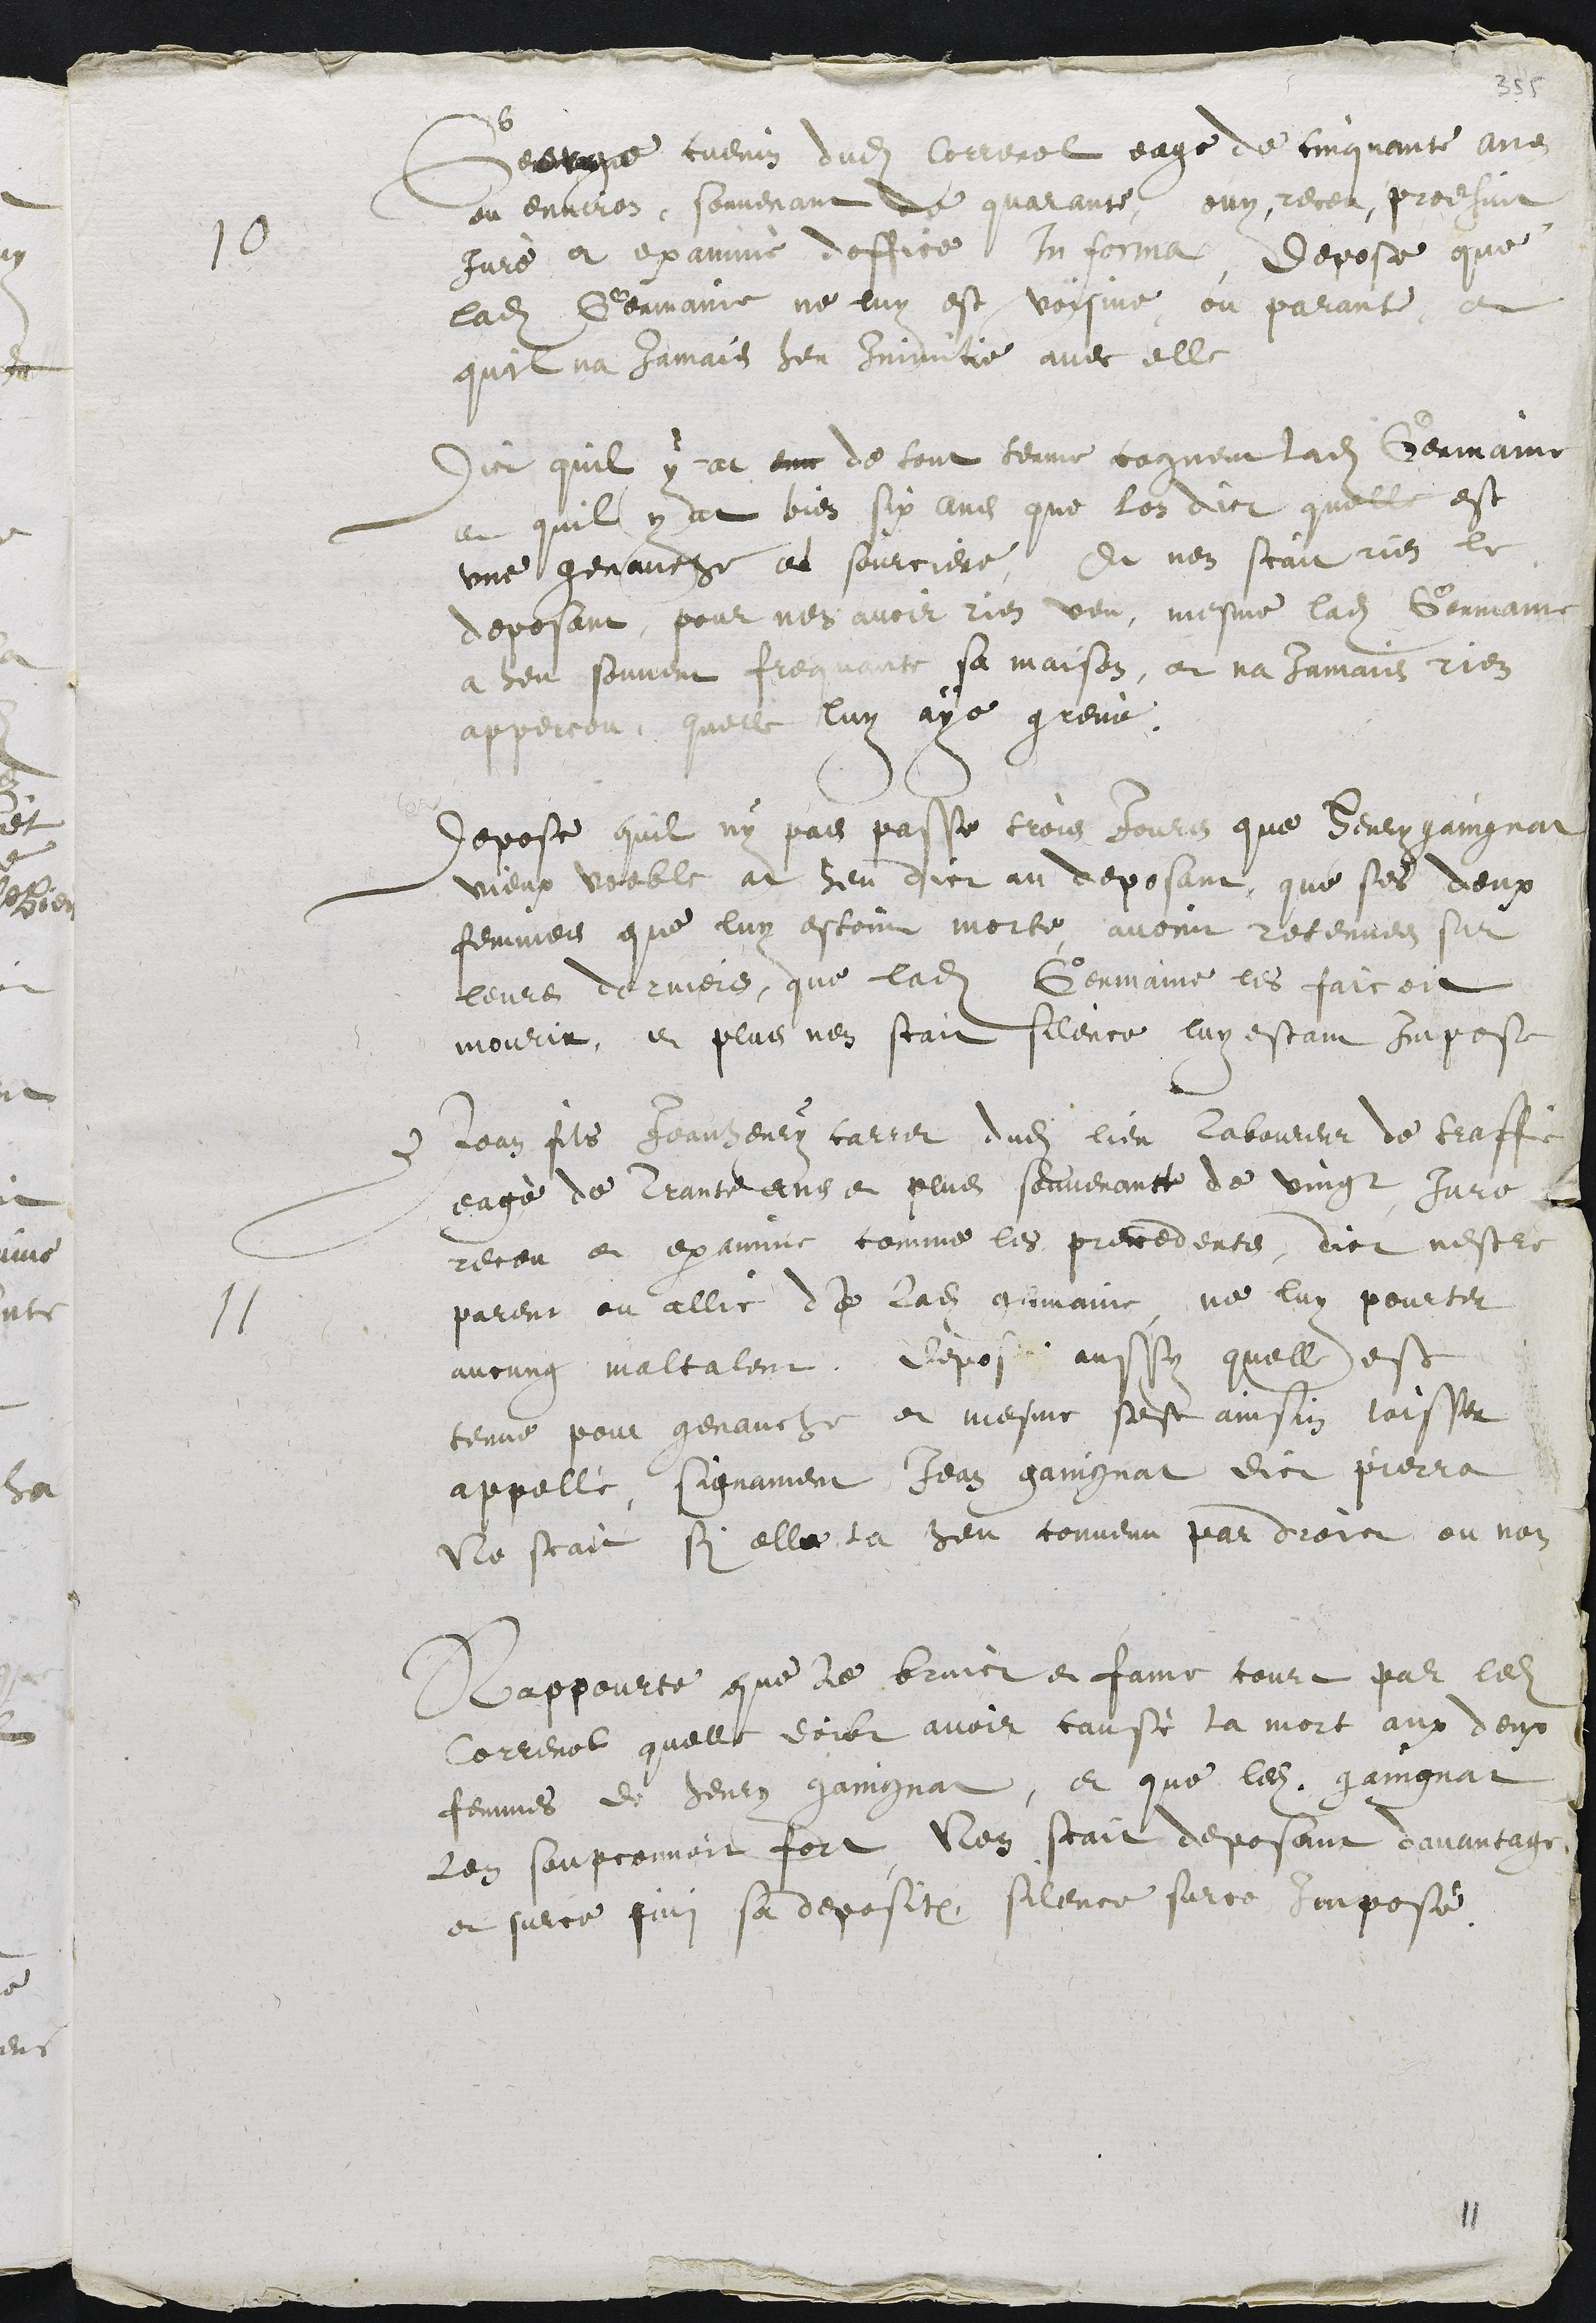
10
George cuenin dudit Correnol eage de cinquante ans
ou environ, souvenant de quarante, ouy, receu, prodhuit
Juré et examiné doffice In forma Depose que
ladite Germaine ne luy est voisine ou parante, et
quil na Jamais heu Inimitie avec elle
Dict quil y at env de tout terme cogneu ladite Germaine
et quil y at bien six ans que lon dict que est
une genauche et sourciere, Et nen scait rien le
deposant, pour nen avoir rien veu, mesme ladite Germaine
a heu souvent frequente sa maison, et na Jamais rien
apperceu quelle luy aye grevé.
Depose quil ny pas passe trois Jours que Henry gaingnat
vieux voeble at heu dict au deposant, que ses deux
femmes que luy estoint morte avoint retenues sur
leurs derniers, que ladite Germaine les faicoit
mourir, et plus nen scait silence luy estant impose
11
Jean fils Jeanhenry carret dudit lieu laboureur de traffic
eagé de trante ans et plus souvenanct de vingt Jure
receu et examine comme les precedents, dict nestre
parent ou allié de ladite Germaine, ne luy pourter
aucung maltalent. Depose aussy quelle est
tenue pour genauche et mesme sest ainsin laisser
appellé, signament Jean gaingnat dict Pierra
Ne scait si elle la heu convenu par droict ou non
Rappourte que le bruict et fame court par ledit
Correnol quelle doibt avoir causé la mort aux deux
femmes de Henry gaingnat, et que ledit gaingnat
len soupconnoit fort Nen scait deposant davantage
et surce fini sa deposition, silence surce imposé.

11